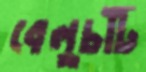
বেলুচটি